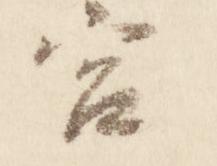
宮